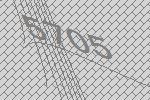
5705